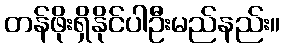
တန်ဖိုးရှိနိုင်ပါဦးမည်နည်း။